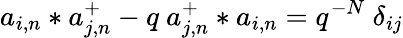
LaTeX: a_{i,n}*a_{j,n}^{+}-q\ a_{j,n}^{+}*a_{i,n}=q^{-N}\ \delta_{ij}